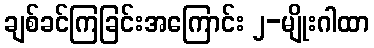
ချစ်ခင်ကြခြင်းအကြောင်း ၂-မျိုးဂါထာ